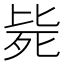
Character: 毙